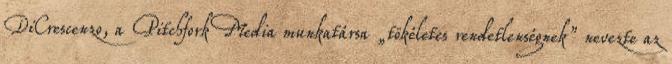
DiCrescenzo, a Pitchfork Media munkatársa „tökéletes rendetlenségnek” nevezte az